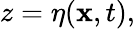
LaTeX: z=\eta(\mathbf{x},t),